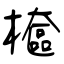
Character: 檶